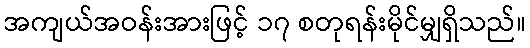
အကျယ်အဝန်းအားဖြင့် ၁၇ စတုရန်းမိုင်မျှရှိသည်။